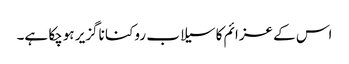
اس کے عزائم کا سیلاب روکنا ناگزیر ہوچکا ہے۔